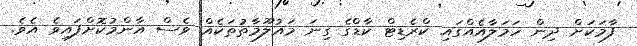
ފާމަކަށް ދިން ހަމަލާއެއްގައި ކްރެޑިޓް ކާޑްގެ ގިނަ މައުލޫމާތުތަކެއް ވެސް އާންމުކޮށްފައިވެ އެވެ.